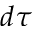
d \tau